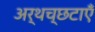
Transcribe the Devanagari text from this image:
अर्थच्छटाएँ